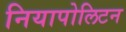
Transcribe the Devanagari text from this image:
नियापोलिटन